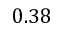
0 . 3 8